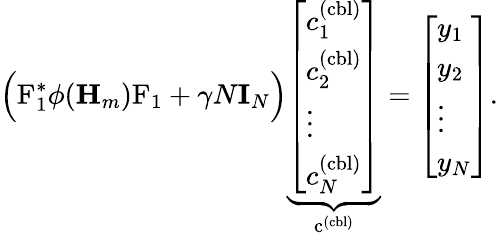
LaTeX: \Big(\mathrm{F}_{1}^{*}\phi(\mathbf{H}_{m})\mathrm{F}_{1}+\gamma N\mathbf{I}_{N}\Big)\underbrace{\left[\begin{array}{l}{c_{1}^{(\mathrm{cbl})}}\\ {c_{2}^{(\mathrm{cbl})}}\\ {\vdots}\\ {c_{N}^{(\mathrm{cbl})}}\end{array}\right]}_{\mathrm{c}^{(\mathrm{cbl})}}=\left[\begin{array}{l}{y_{1}}\\ {y_{2}}\\ {\vdots}\\ {y_{N}}\end{array}\right].